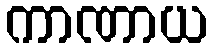
ကာဏာယ